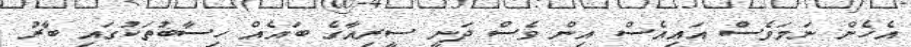
އެހެން ނަމަވެސް އައިއެސް އިން ވެސް ދަނީ ސީރިއާގެ ބައެއް ހިސާބުތަކުގައި ބާރު